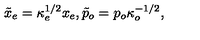
\tilde { x } _ { e } = \kappa _ { e } ^ { 1 / 2 } x _ { e } , \tilde { p } _ { o } = p _ { o } \kappa _ { o } ^ { - 1 / 2 } ,